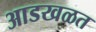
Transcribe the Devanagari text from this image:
आडखळत